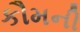
કૌમની